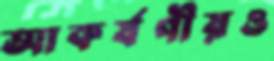
আকর্ষণীয়ও